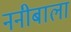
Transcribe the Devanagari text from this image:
ननीबाला